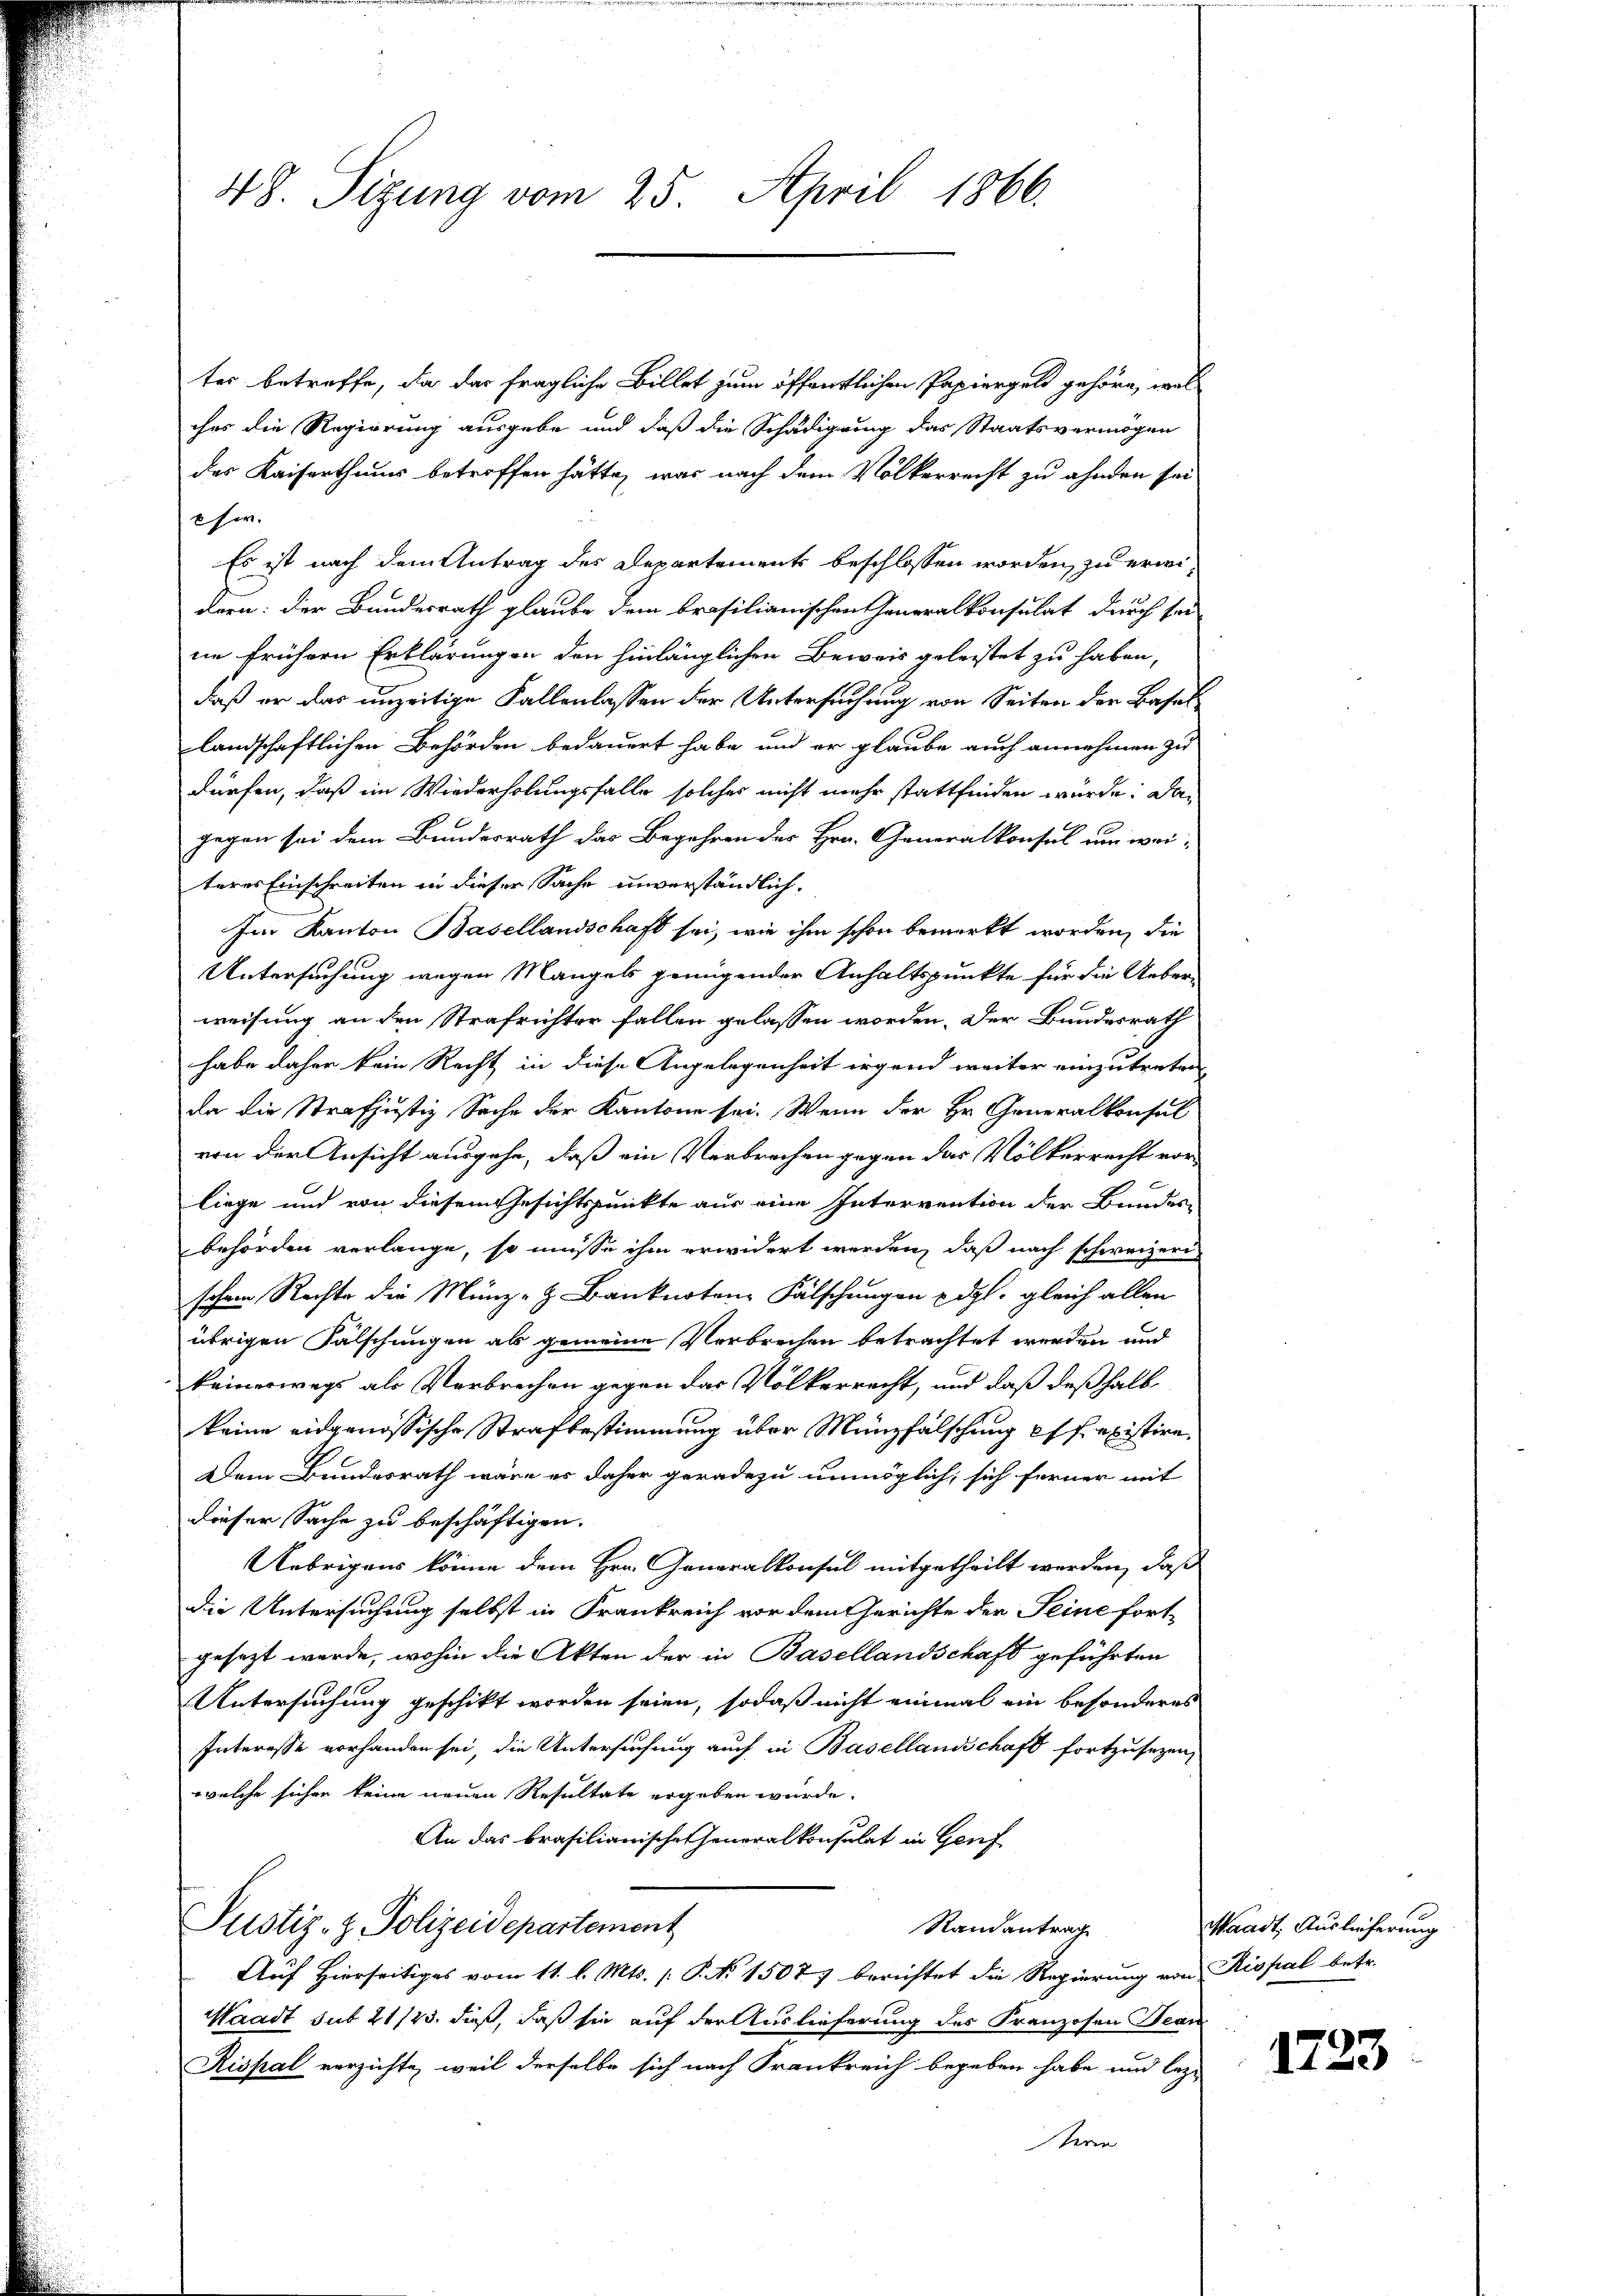
48. Sizung vom 25. April 1866.

tes betreffe, da das fragliche Billet zum öffentlichen Papiergels gehöre, wel
ches die Regierung ausgebe und daß die Schädigung das Staatsvermögen
des Kaiserthums betroffen hätte, was nach dem Völkerrecht zu ahnden sei
8 her.
Es ist nach dem Antrag des Departements beschlossen worden, zu erwidern: der Bundesrath glaube dem brasilianischen Generalkonsulat durch sei
ne frühern Erklärungen den hinlänglichen Beweis geleistet zu haben,
daß er das unzeitige Fallenlassen der Untersuchung von Seiten der Basellandschaftlichen Behörden bedauert habe, und er glaube auch annehmen zu
dürfen, daß im Wiederholungsfalle solches nicht mehr stattfinden würde. Dan
gegen sei dem Bundesrath das Begehren des Hrn. Generalkonsul um weiteres Einschreiten in dieser Sache unverständlich,
Im Kanton Basellandschaft sei, wie ihm schon bemerkt worden, die
Untersuchung wegen Mangels genügender Anhaltspunkte für die Ueber-
weisung an den Strafrichter fallen gelassen worden. Der Bundesrath
habe daher kein Recht in diese Angelegenheit irgend weiter einzutreten
da die Strafjustiz Sache der Kantone sei. Wenn der Hr. Generalkonsul
von der Ansicht ausgehe, daß ein Verbrechen gegen das Völkerrecht vorliege und von diesem Gesichtspunkte aus eine Intervention der Bundes-
behörden verlange, so müsse ihm erwidert werden, daß nach schweizeri
schen Rechte die Münze z. Banknoten Fälschungen Edgl. gleich allen
übrigen Fälschungen als gemeine Verbrechen betrachtet werden und
keineswegs als Verbrechen gegen das Völkerrecht, und daß deßhalb
keine eidgenössische Strafbestimmung über Münzfälschung es existire,
Dem Bundesrath wäre es daher geradezu unmöglich, sich ferner mit
dieser Sache zu beschäftigen.
Uebrigens könne dem Hrn. Generalkonsul mitgetheilt werden, daß
die Untersuchung selbst in Frankreich vor dem Gerichte der Seine fort-
gesezt werde, wohin die Akten der in Basellandschaft geführten
Untersuchung geschikt worden seien, sodaß nicht einmal ein besonderes
Interesse vorhanden sei, die Untersuchung auch in Basellandschaft fortzusezen,
welche sichen keine neuen Resultate ergeben würde.
An das brasilianischen Generalkonsulat in Genf
Justiz- & Polizeidepartement
Randantrag
Auf Hierseitiges vom 11. l. Mts. (: P. No 1507) berichtet die Regierung von Rispal betr.
Waadt sub 21/23. dieß, daß sie auf der Auslieferung des Franzosen Bean
Rispal verzichte, weil derselbe sich nach Frankreich begeben habe und lez-
teren

Waadt, Auslieferung

1723